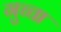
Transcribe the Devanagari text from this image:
गुच्चा